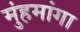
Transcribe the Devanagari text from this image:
मुंहमांगा